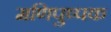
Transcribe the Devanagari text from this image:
मणिपुष्पक